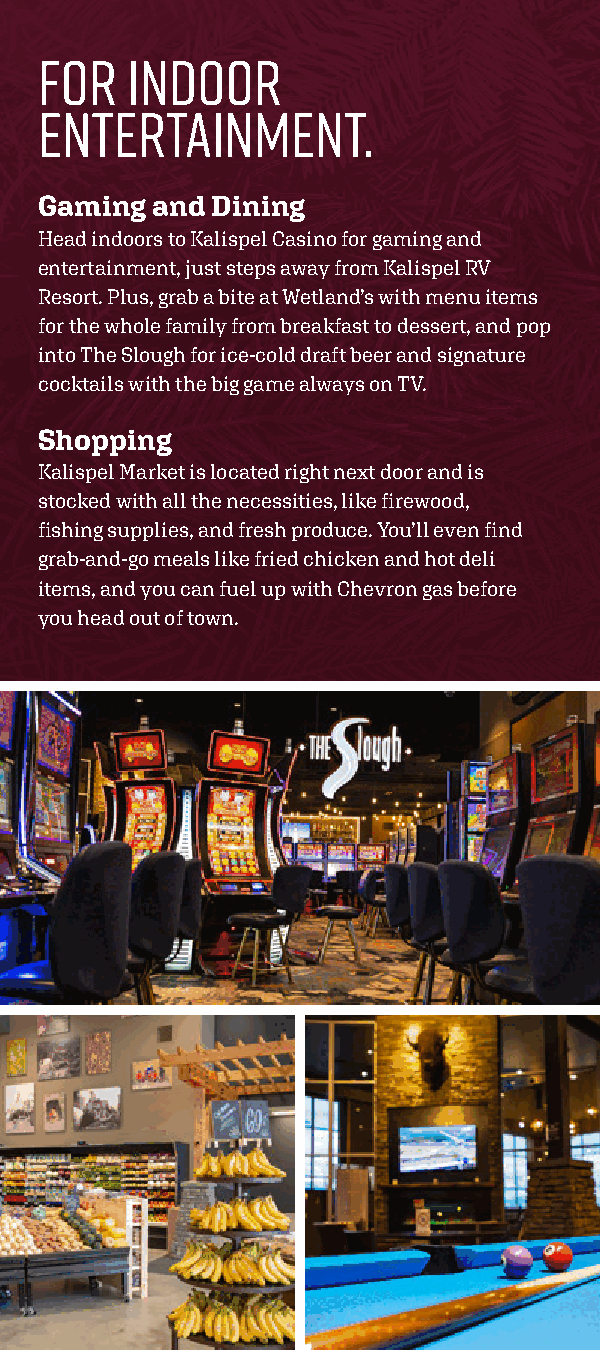
For  Indoor
 Entertainment.
 Gaming and Dining
 Head indoors to Kalispel Casino for gaming and
 entertainment, just steps away from Kalispel RV
 Resort. Plus, grab a bite at Wetland’s with menu items
 for the whole family from breakfast to dessert, and pop
 into The Slough for ice-cold draft beer and signature
 cocktails with the big game always on TV.
 Shopping
 Kalispel Market is located right next door and is
 stocked with all the necessities, like firewood,
 fishing supplies, and fresh produce. You’ll even find
 grab-and-go meals like fried chicken and hot deli
 items, and you can fuel up with Chevron gas before
 you head out of town.